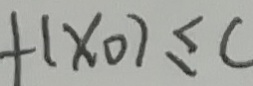
f ( x _ { 0 } ) \leq c